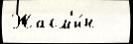
Жасм'и́н